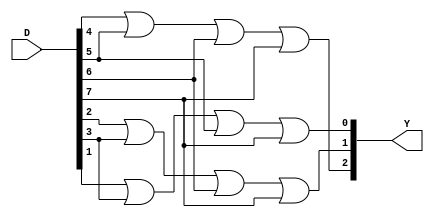
module Encoder_oct_bin_dataflow(
  input [7:0] D,
  output [2:0] Y
);
  assign Y[2] = D[4] | D[5] | D[6] | D[7];
  assign Y[1] = D[2] | D[3] | D[6] | D[7];
  assign Y[0] = D[1] | D[3] | D[5] | D[7];
endmodule